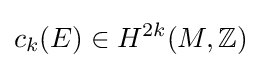
c_{k}(E)\in H^{2k}(M,\mathbb {Z} )